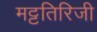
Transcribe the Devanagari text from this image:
मट्टतिरिजी